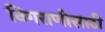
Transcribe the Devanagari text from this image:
निगराणीसाठी